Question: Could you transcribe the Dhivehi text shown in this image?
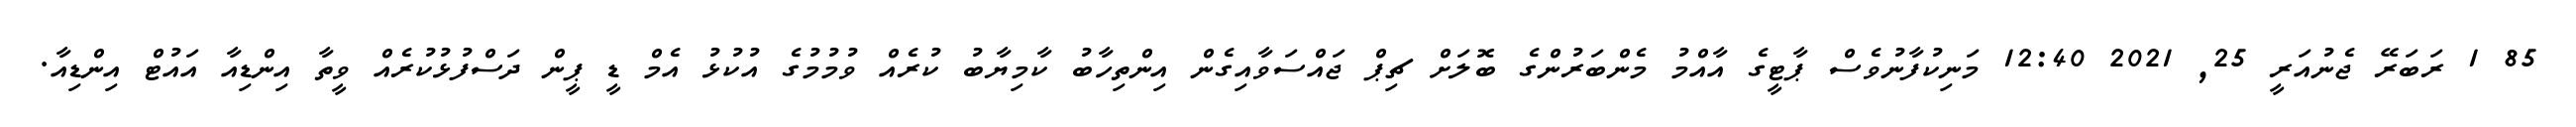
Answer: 85 1 ރަބަރޭ ޖެނުއަރީ 25, 2021 12:40 މަނިކުފާނުވެސް ޕާޓީގެ އާއްމު މެންބަރުންގެ ބޮލަށް ޗިޕް ޖައްސަވާއިގެން އިންތިހާބު ކާމިޔާބު ކުރެއް ވުމުމުގެ އުކުޅު އެމް ޑީ ޕީން ދަސްފުޅުކުރެއް ވީތާ އިންޑިއާ އައުޓް އިންޑިއާ.